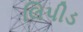
લિપીડ